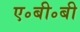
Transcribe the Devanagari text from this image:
ए॰बी॰बी